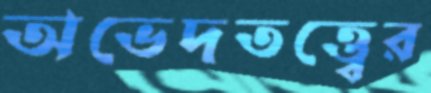
অভেদতত্ত্বের